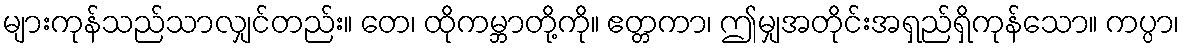
များကုန်သည်သာလျှင်တည်း။ တေ၊ ထိုကမ္ဘာတို့ကို။ ဧတ္တကာ၊ ဤမျှအတိုင်းအရှည်ရှိကုန်သော။ ကပ္ပာ၊